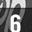
Digit: 6